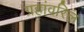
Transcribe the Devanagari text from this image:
ग्रहांवरिल